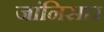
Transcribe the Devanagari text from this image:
जांनिसार